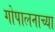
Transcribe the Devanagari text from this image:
गोपालनाच्या